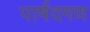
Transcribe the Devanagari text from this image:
पार्षदगण